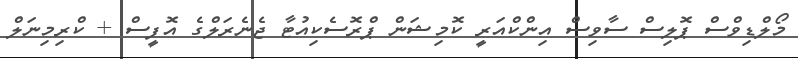
މޯލްޑިވްސް ޕޮލިސް ސާވިސް އިންކްއަރީ ކޮމިޝަން ޕްރޮސެކިއުޓާ ޖެނެރަލްގެ އޮފީސް + ކްރިމިނަލް